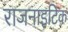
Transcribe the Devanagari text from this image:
राजनाइटिक